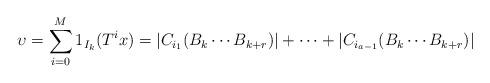
LaTeX: \begin{align*}\upsilon = \sum_{i=0}^M 1_{I_k} (T^ix) = |C_{i_1}(B_k \cdots B_{k+r})|+ \cdots +|C_{i_{a-1}}(B_k \cdots B_{k+r})|\end{align*}